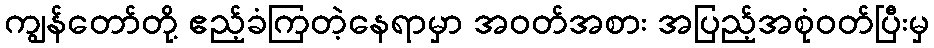
ကျွန်တော်တို့ ဧည့်ခံကြတဲ့နေရာမှာ အဝတ်အစား အပြည့်အစုံဝတ်ပြီးမှ